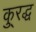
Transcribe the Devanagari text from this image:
कु्रद्ध